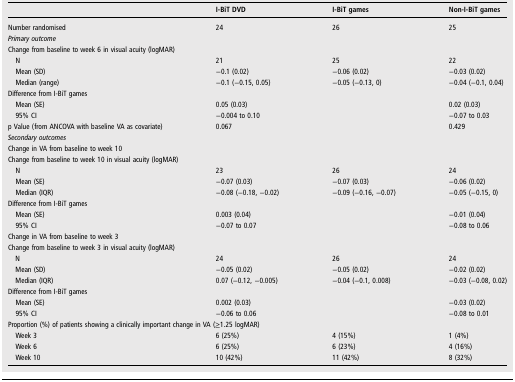
<table><thead><tr><td></td><td><b>I-BiT DVD</b></td><td><b>I-BiT games</b></td><td><b>Non-I-BiT games</b></td></tr></thead><tbody><tr><td>Number randomised</td><td>24</td><td>26</td><td>25</td></tr><tr><td colspan="4"><i>Primary outcome</i></td></tr><tr><td colspan="4">Change from baseline to week 6 in visual acuity (logMAR)</td></tr><tr><td> N</td><td>21</td><td>25</td><td>22</td></tr><tr><td> Mean (SD)</td><td>−0.1 (0.02)</td><td>−0.06 (0.02)</td><td>−0.03 (0.02)</td></tr><tr><td> Median (range)</td><td>−0.1 (−0.15, 0.05)</td><td>−0.05 (−0.13, 0)</td><td>−0.04 (−0.1, 0.04)</td></tr><tr><td colspan="4">Difference from I-BiT games</td></tr><tr><td> Mean (SE)</td><td>0.05 (0.03)</td><td></td><td>0.02 (0.03)</td></tr><tr><td> 95% CI</td><td>−0.004 to 0.10</td><td></td><td>−0.07 to 0.03</td></tr><tr><td>p Value (from ANCOVA with baseline VA as covariate)</td><td>0.067</td><td></td><td>0.429</td></tr><tr><td colspan="4"><i>Secondary outcomes</i></td></tr><tr><td colspan="4">Change in VA from baseline to week 10</td></tr><tr><td colspan="4">Change from baseline to week 10 in visual acuity (logMAR)</td></tr><tr><td> N</td><td>23</td><td>26</td><td>24</td></tr><tr><td> Mean (SE)</td><td>−0.07 (0.03)</td><td>−0.07 (0.03)</td><td>−0.06 (0.02)</td></tr><tr><td> Median (IQR)</td><td>−0.08 (−0.18, −0.02)</td><td>−0.09 (−0.16, −0.07)</td><td>−0.05 (−0.15, 0)</td></tr><tr><td colspan="4">Difference from I-BiT games</td></tr><tr><td> Mean (SE)</td><td>0.003 (0.04)</td><td></td><td>−0.01 (0.04)</td></tr><tr><td> 95% CI</td><td>−0.07 to 0.07</td><td></td><td>−0.08 to 0.06</td></tr><tr><td colspan="4">Change in VA from baseline to week 3</td></tr><tr><td colspan="4">Change from baseline to week 3 in visual acuity (logMAR)</td></tr><tr><td> N</td><td>24</td><td>26</td><td>24</td></tr><tr><td> Mean (SD)</td><td>−0.05 (0.02)</td><td>−0.05 (0.02)</td><td>−0.02 (0.02)</td></tr><tr><td> Median (IQR)</td><td>0.07 (−0.12, −0.005)</td><td>−0.04 (−0.1, 0.008)</td><td>−0.03 (−0.08, 0.02)</td></tr><tr><td colspan="4">Difference from I-BiT games</td></tr><tr><td> Mean (SE)</td><td>0.002 (0.03)</td><td></td><td>−0.03 (0.02)</td></tr><tr><td> 95% CI</td><td>−0.06 to 0.06</td><td></td><td>−0.08 to 0.01</td></tr><tr><td colspan="4">Proportion (%) of patients showing a clinically important change in VA (≥1.25 logMAR)</td></tr><tr><td> Week 3</td><td>6 (25%)</td><td>4 (15%)</td><td>1 (4%)</td></tr><tr><td> Week 6</td><td>6 (25%)</td><td>6 (23%)</td><td>4 (16%)</td></tr><tr><td> Week 10</td><td>10 (42%)</td><td>11 (42%)</td><td>8 (32%)</td></tr></tbody></table>